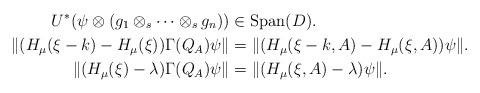
LaTeX: \begin{align*}U^*(\psi\otimes (g_1\otimes_s\dots \otimes_s g_n))&\in \textup{Span}(D).\\\lVert (H_\mu(\xi-k)-H_\mu(\xi))\Gamma(Q_A)\psi\lVert&=\lVert (H_\mu(\xi-k,A)-H_{\mu}(\xi,A))\psi\lVert.\\\lVert (H_{\mu}(\xi)-\lambda)\Gamma(Q_A)\psi\lVert&=\lVert (H_\mu(\xi,A)-\lambda)\psi\lVert.\end{align*}